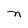
Character: n